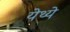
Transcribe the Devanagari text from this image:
येथ्ये